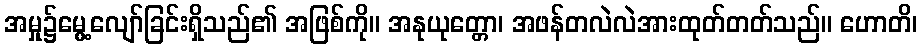
အမှု၌မွေ့လျော်ခြင်းရှိသည်၏ အဖြစ်ကို။ အနုယုတ္တော၊ အဖန်တလဲလဲအားထုတ်တတ်သည်။ ဟောတိ၊